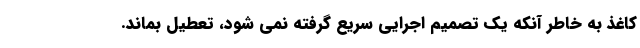
کاغذ به خاطر آنکه یک تصمیم اجرایی سریع گرفته نمی شود، تعطیل بماند.